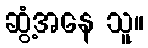
ဆွံ့အနေ သူ။